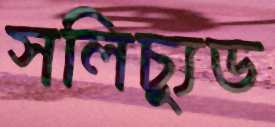
সলিচ্যুড